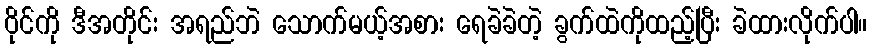
ဝိုင်ကို ဒီအတိုင်း အရည်ဘဲ သောက်မယ့်အစား ရေခဲခဲတဲ့ ခွက်ထဲကိုထည့်ပြီး ခဲထားလိုက်ပါ။